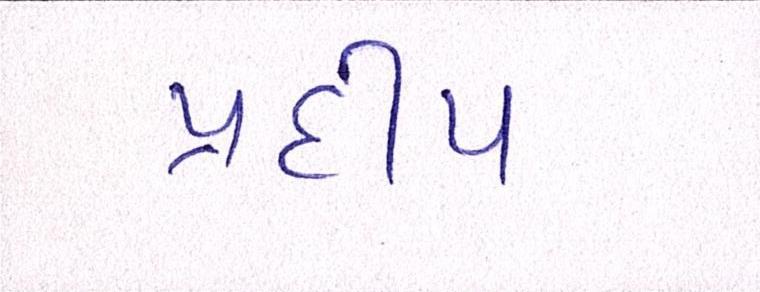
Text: પ્રદીપ